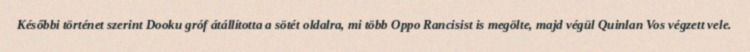
Későbbi történet szerint Dooku gróf átállította a sötét oldalra, mi több Oppo Rancisist is megölte, majd végül Quinlan Vos végzett vele.